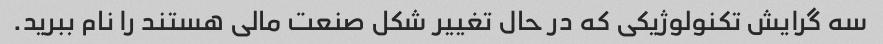
سه گرایش تکنولوژیکی که در حال تغییر شکل صنعت مالی هستند را نام ببرید.